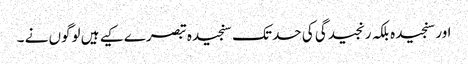
اور سنجیدہ بلکہ رنجیدگی کی حد تک سنجیدہ تبصرے کیے ہیں لوگوں نے ۔